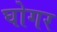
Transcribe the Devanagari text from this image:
घोगर